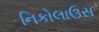
નિકોલાઉસ